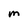
Character: M